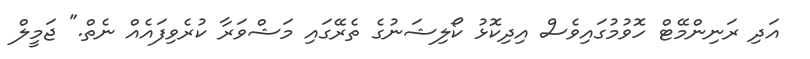
އަދި ރަނިންމޭޓް ހޮވުމުގައިވެސް އިދިކޮޅު ކޯލިޝަނުގެ ތެރޭގައި މަޝްވަރާ ކުރެވިފައެއް ނެތް." ޖަމީލް